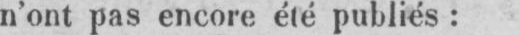
n’ont pas encore été publiés: